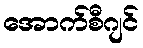
အောက်စီဂျင်